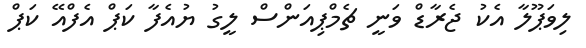
ލިވަޕޫލާ އެކު ޖެރާޑް ވަނީ ޗެމްޕިއަންސް ލީގު ޔުއެފާ ކަޕް އެފްއޭ ކަޕް